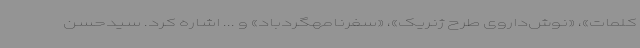
کلمات»، «نوش‌داروی طرح ژنریک»، «سفرنامهگردباد» و ... اشاره کرد. سیدحسن